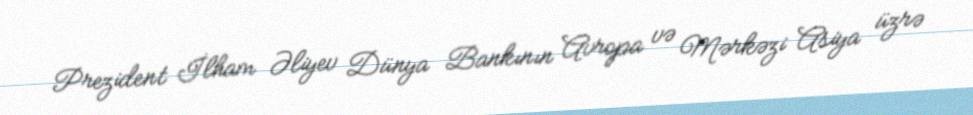
Prezident İlham Əliyev Dünya Bankının Avropa və Mərkəzi Asiya üzrə